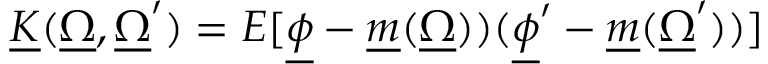
\underline { { K } } ( \underline { { \Omega } } , \underline { { \Omega } } ^ { \prime } ) = E [ \underline { { \phi } } - \underline { { m } } ( \underline { { \Omega } } ) ) ( \underline { { \phi } } ^ { \prime } - \underline { { m } } ( \underline { { \Omega } } ^ { \prime } ) ) ]